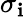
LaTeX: \sigma_{\mathbf{i}}